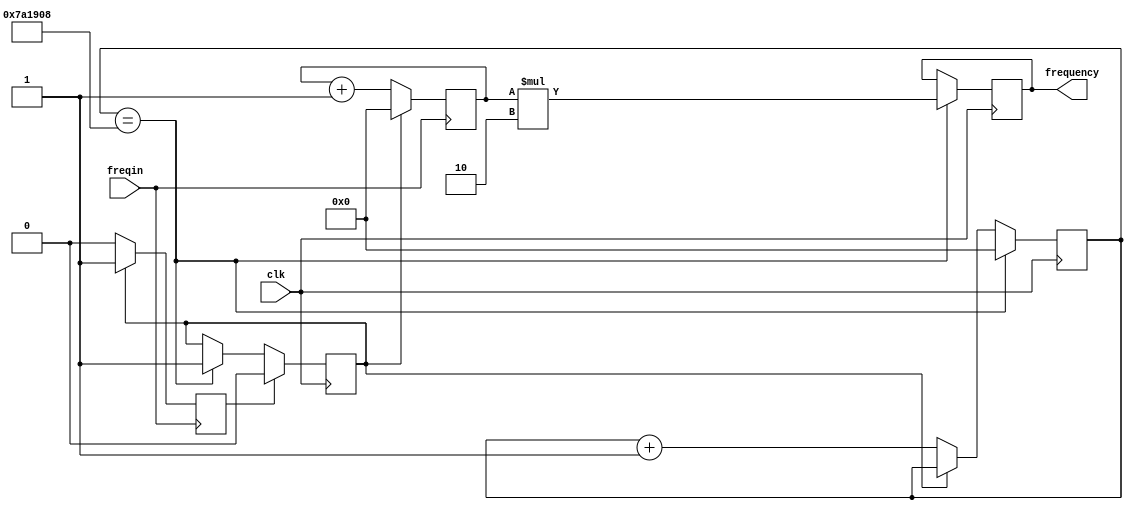
module FrequencyCounter(
    input clk,
    input freqin,
    output [23:0] frequency
    );

parameter        SecondCount    =    8001800;          //    Number of cycles of clk to 1 second

reg    [23:0]    counter        =    0;                //    Counter for input freqin
reg    [23:0]    freq           =    0;                //    Last frequency value
reg    [23:0]    secondcounter  =    0;                //    Counter to one second
reg              stopin         =    0;                //    Stop Input Counter
reg              inreseted      =    0;                //    Reset Input Counter

always @(posedge clk)    
begin
        if(secondcounter == SecondCount)
        begin
            secondcounter     <= 0;
            stopin             <= 1;
            freq                 <=    counter*2;
        end
        else 
            if(~stopin)
                secondcounter <= secondcounter + 1;
        
        if(inreseted)
            stopin <= 0;
end

always @(negedge freqin)
begin
        if(~stopin)
        begin
            counter    <=    counter + 1;
            inreseted <= 0;
        end
        else
        begin
            counter <= 0;
            inreseted <= 1;
        end
end

assign frequency = freq;

endmodule